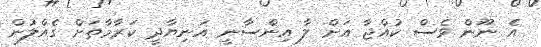
އެ ނޫން ވެސް ކުއްޖާ އަށް ލާ އިންސާނީ އަނިޔާދީ ކަރާމާތަށް ގެއްލުން